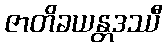
ဇာတိခယန္တဒဿီ